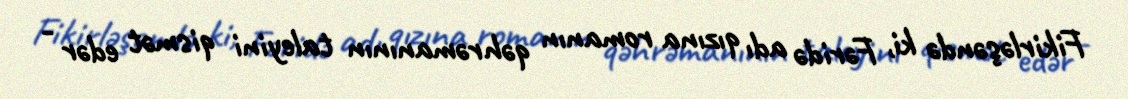
Fikirləşəndə ki, Fəridə adı qızına romanın qəhrəmanının taleyini qismət edər -